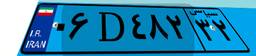
۲۵D۸۵۱۷۴